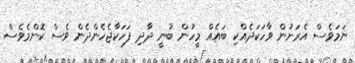
ނަމަވެސް އެރަށުން ވާހަކަދެއްކި ބައެއް މީހުން ބުނީ ދާދި ފަހަކާޖެހެންދެން ވެސް ކޮންމެވެސް